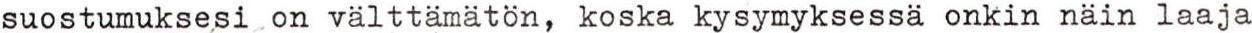
suostumuksesi on välttämätön, koska kysymyksessä onkin näin laaja